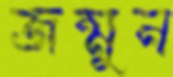
জন্মুন